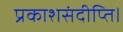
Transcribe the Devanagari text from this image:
प्रकाशसंदीप्ति।